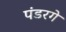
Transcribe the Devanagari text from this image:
पंडरगे